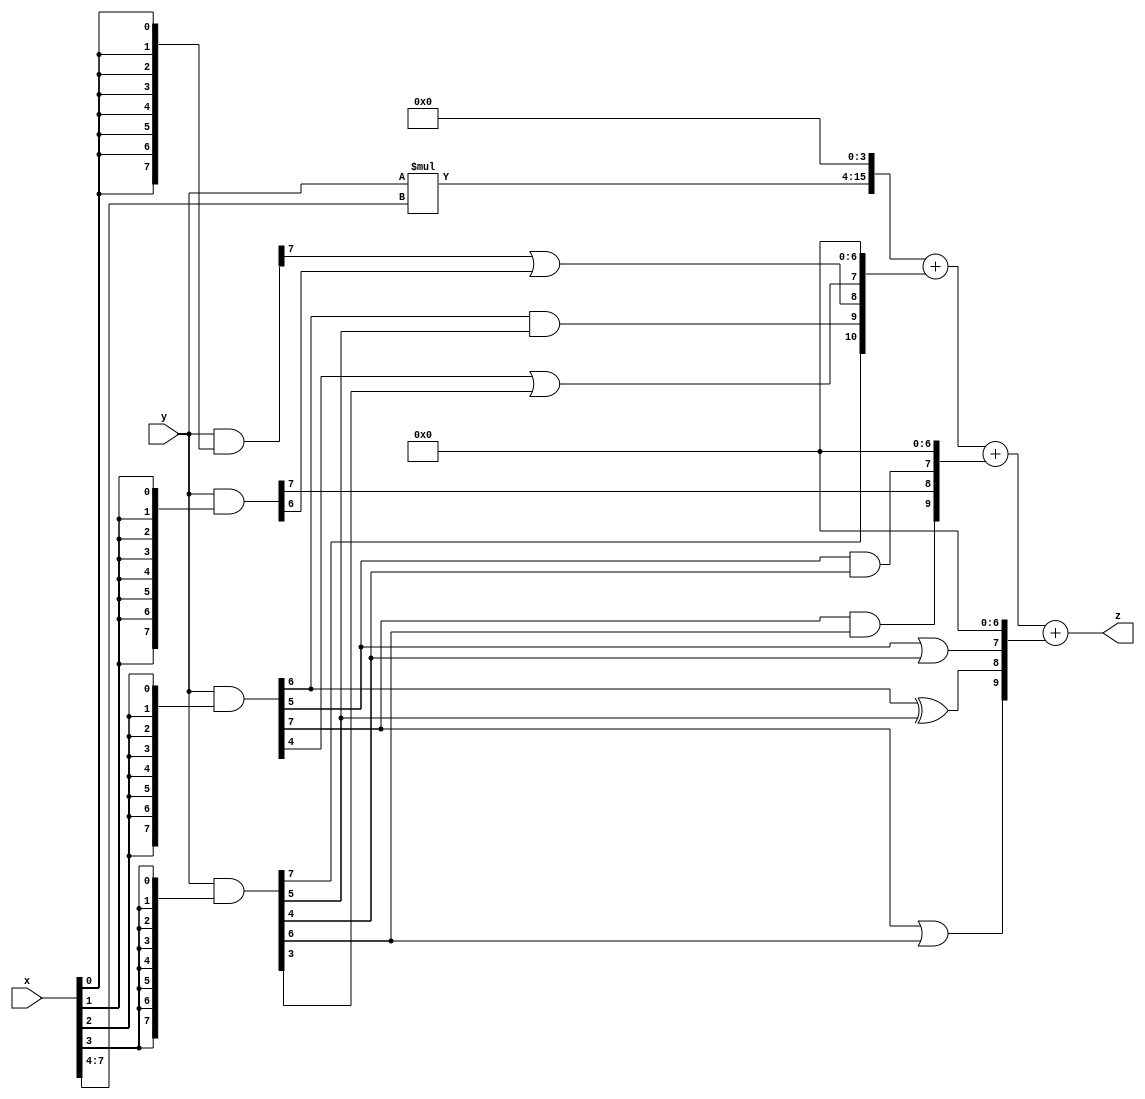
// terms: 10
// fval:  27174.25

module unsigned_exchange_8x8_l4_lamb2000_4 (
	input [7:0] x,
	input [7:0] y,
	output [15:0] z
);

wire [7:0] part1 =  y & {8{x[0]}};
wire [7:0] part2 =  y & {8{x[1]}};
wire [7:0] part3 =  y & {8{x[2]}};
wire [7:0] part4 =  y & {8{x[3]}};
wire [7:0] part5 =  y & {8{x[4]}};
wire [7:0] part6 =  y & {8{x[5]}};
wire [7:0] part7 =  y & {8{x[6]}};
wire [7:0] part8 =  y & {8{x[7]}};

wire [10:0] new_part1;
assign new_part1[0] = 0;
assign new_part1[1] = 0;
assign new_part1[2] = 0;
assign new_part1[3] = 0;
assign new_part1[4] = 0;
assign new_part1[5] = 0;
assign new_part1[6] = 0;
assign new_part1[7] = part3[4] | part4[3];
assign new_part1[8] = part1[7] | part2[6];
assign new_part1[9] = part3[6] & part4[5];
assign new_part1[10] = part4[7];

wire [9:0] new_part2;
assign new_part2[0] = 0;
assign new_part2[1] = 0;
assign new_part2[2] = 0;
assign new_part2[3] = 0;
assign new_part2[4] = 0;
assign new_part2[5] = 0;
assign new_part2[6] = 0;
assign new_part2[7] = part3[5] & part4[4];
assign new_part2[8] = part2[7];
assign new_part2[9] = part3[7] & part4[6];

wire [9:0] new_part3;
assign new_part3[0] = 0;
assign new_part3[1] = 0;
assign new_part3[2] = 0;
assign new_part3[3] = 0;
assign new_part3[4] = 0;
assign new_part3[5] = 0;
assign new_part3[6] = 0;
assign new_part3[7] = part3[5] | part4[4];
assign new_part3[8] = part3[6] ^ part4[5];
assign new_part3[9] = part3[7] | part4[6];

wire [11:0] tmp_z = y*x[7:4];

assign z = {tmp_z, 4'd 0} + new_part1 + new_part2 + new_part3;

endmodule